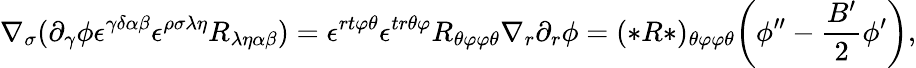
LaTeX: \nabla_{\sigma}(\partial_{\gamma}\phi\epsilon^{\gamma\delta\alpha\beta}\epsilon^{\rho\sigma\lambda\eta}R_{\lambda\eta\alpha\beta})=\epsilon^{rt\varphi\theta}\epsilon^{tr\theta\varphi}R_{\theta\varphi\varphi\theta}\nabla_{r}\partial_{r}\phi=(*R*)_{\theta\varphi\varphi\theta}\bigg(\phi^{\prime\prime}-\frac{B^{\prime}}{2}\phi^{\prime}\bigg),